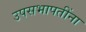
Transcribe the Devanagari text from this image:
उपसभापतींना